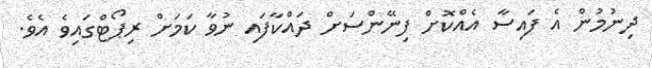
ދިނުމުން އެ ފައިސާ އެއްކޮށް ފިނޭންސަށް ދައްކާފައި ނުވާ ކަމަށް ރިޕޯޓްގައިވެ އެވެ.